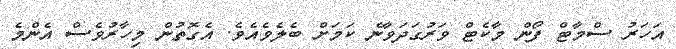
އަހަރު ސްމާޓް ފޯން މާކެޓް ވަރުގަދަވާނެ ކަމަށް ބެލެވެއެވެ. އެގޮތުން މިހާރުވެސް އެންމެ